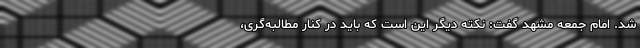
شد. امام جمعه مشهد گفت: نکته دیگر این است که باید در کنار مطالبه‌گری،